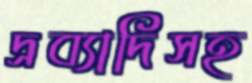
দ্রব্যাদিসহ